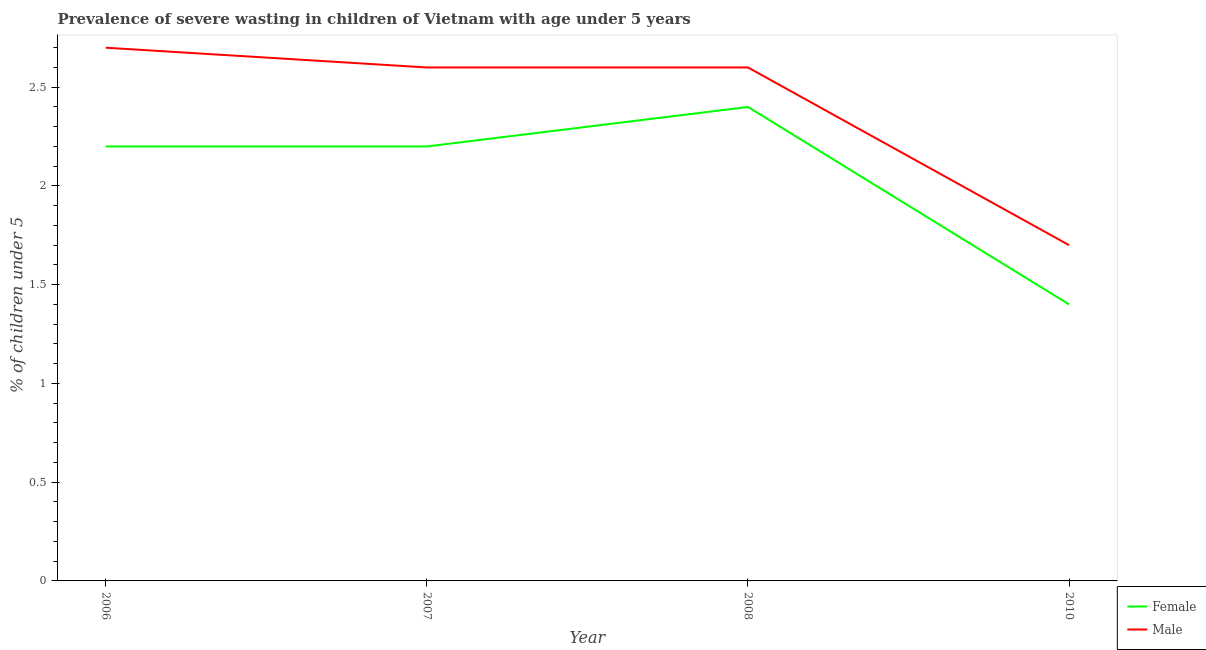
| Year | Female | Male |
 | --- | --- | --- |
 | 2006 | 2.2 | 2.7 |
 | 2007 | 2.2 | 2.6 |
 | 2008 | 2.4 | 2.6 |
 | 2010 | 1.4 | 1.7 |